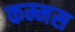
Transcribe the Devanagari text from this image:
कम्मस